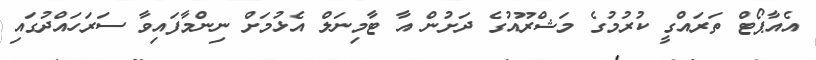
އެއާޕޯޓް ތަރައްގީ ކުރުމުގެ މަޝްރޫއުގެ ދަށުން އާ ޓާމިނަލް އެޅުމަށް ނިންމާފައިވާ ސަރަހައްދުގައި